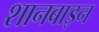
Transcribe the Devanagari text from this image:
शानबाइन